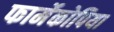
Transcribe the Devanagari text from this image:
फार्मेकोपिया